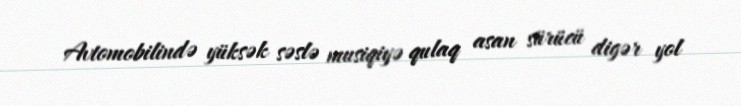
Avtomobilində yüksək səslə musiqiyə qulaq asan sürücü digər yol